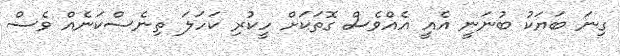
ގިނަ ބަޔަކު ބުނަނީ އެއީ އެއްވެސް ގޮތަކަށް ހީކުރި ކަހަލަ ތިނެސްކަނެއް ވެސް